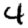
Digit: 4